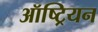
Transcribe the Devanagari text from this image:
ऑष्ट्रियन